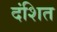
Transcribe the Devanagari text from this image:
दंशित